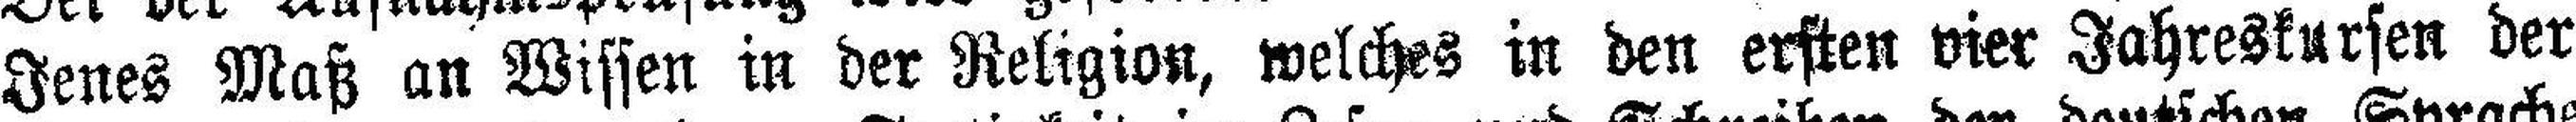
Jenes Maß an Wissen in der Religion, welches in den ersten vier Jahreskursen der